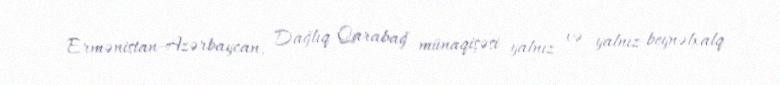
Ermənistan-Azərbaycan, Dağlıq Qarabağ münaqişəsi yalnız və yalnız beynəlxalq